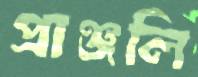
প্রাঞ্জলি